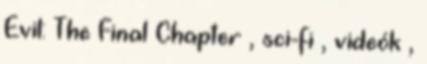
Evil: The Final Chapter , sci-fi , videók ,